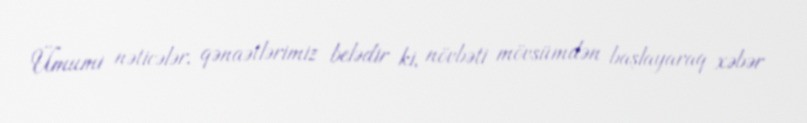
Ümumi nəticələr, qənaətlərimiz belədir ki, növbəti mövsümdən başlayaraq xəbər